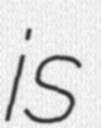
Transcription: is